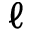
\ell